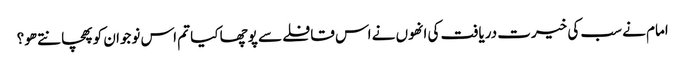
امام نے سب کی خیرت دریافت کی انھوں نے اس قافلے سے پوچھا کیا تم اس نوجوان کو پھچانتے ھو؟